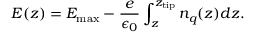
E ( z ) = E _ { \mathrm { m a x } } - \frac e { \epsilon _ { 0 } } \int _ { z } ^ { z _ { \mathrm { t i p } } } n _ { q } ( z ) d z .